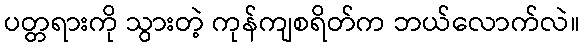
ပတ္တရားကို သွားတဲ့ ကုန်ကျစရိတ်က ဘယ်လောက်လဲ။